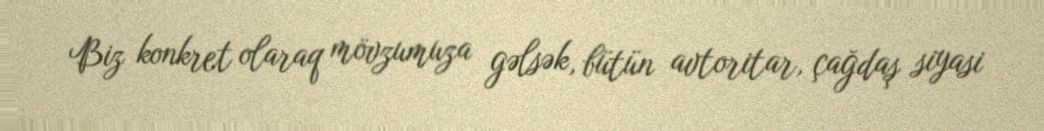
Biz konkret olaraq mövzumuza gəlsək, bütün avtoritar, çağdaş siyasi